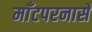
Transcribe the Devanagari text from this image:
माँटपरनासे